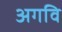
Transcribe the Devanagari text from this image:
अगवि